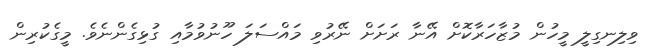
ވިލިނގިލީ މީހުން މުޒާހަރާކޮށް އޭނާ ރަށަށް ނޭރުވި މައްސަލަ ހޫނުވުމާއި ގުޅިގެންނެވެ. މީގެކުރިން